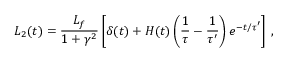
L _ { 2 } ( t ) = \frac { L _ { f } } { 1 + \gamma ^ { 2 } } \left[ \delta ( t ) + H ( t ) \left( \frac { 1 } { \tau } - \frac { 1 } { \tau ^ { \prime } } \right) e ^ { - t / \tau ^ { \prime } } \right] \, ,